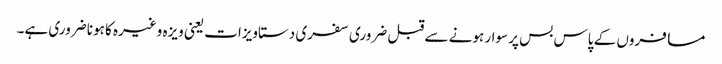
مسافروں کے پاس بس پر سوار ہونے سے قبل ضروری سفری دستاویزات یعنی ویزہ وغیرہ کا ہونا ضروری ہے۔